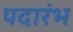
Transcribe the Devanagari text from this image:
पदारंभ